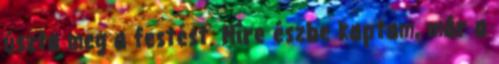
úszta meg a festést. Mire észbe kaptam, már a